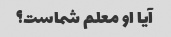
آیا او معلم شماست؟